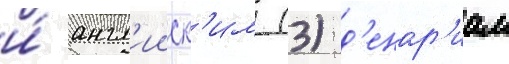
и́ англ'ииск'им (3) д'енар'иам